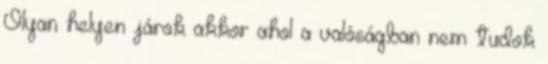
Olyan helyen járok akkor ahol a valóságban nem tudok